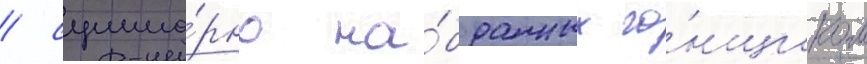
/ сумма́рно на́бранных го́нщиком